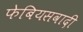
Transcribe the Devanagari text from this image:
फेबियसवादी